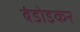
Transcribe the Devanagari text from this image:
बंडोडकर